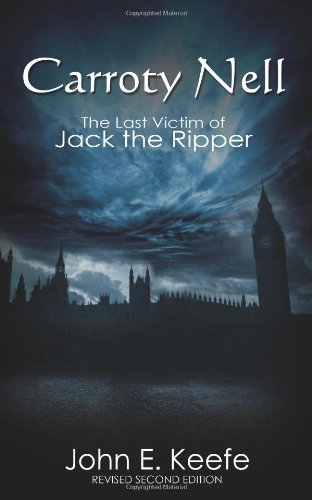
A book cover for Carroty Nell: The Last Victim of Jack the Ripper; John E. Keefe; Biographies & Memoirs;